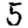
Digit: 5